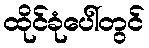
ထိုင်ခုံပေါ်တွင်